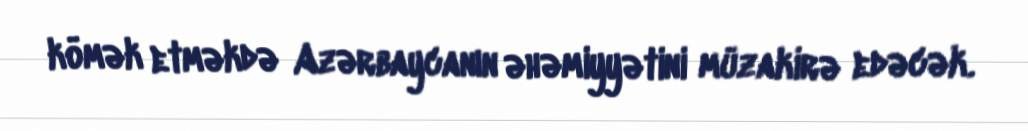
kömək etməkdə Azərbaycanın əhəmiyyətini müzakirə edəcək.